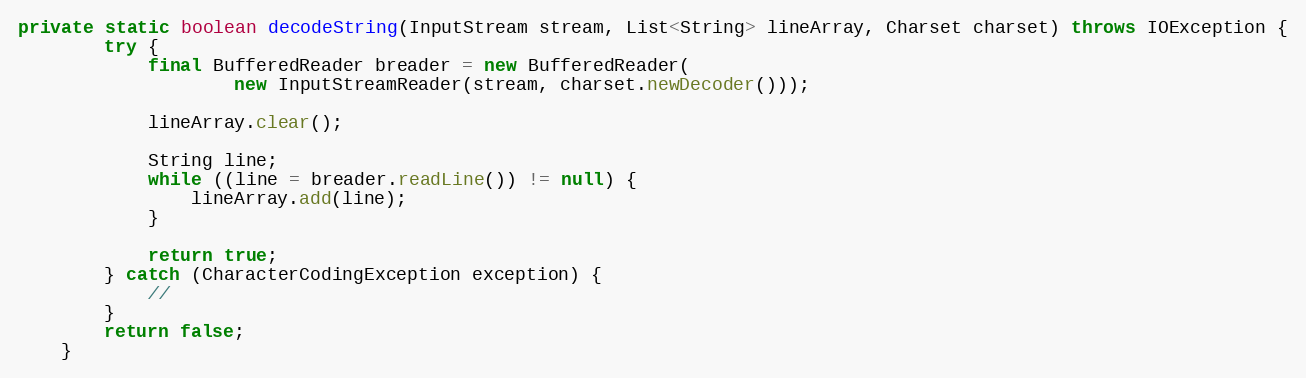
Language: Java
private static boolean decodeString(InputStream stream, List<String> lineArray, Charset charset) throws IOException {
		try {
			final BufferedReader breader = new BufferedReader(
					new InputStreamReader(stream, charset.newDecoder()));

			lineArray.clear();

			String line;
			while ((line = breader.readLine()) != null) {
				lineArray.add(line);
			}

			return true;
		} catch (CharacterCodingException exception) {
			//
		}
		return false;
	}